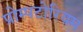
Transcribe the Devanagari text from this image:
प्रोम्पटोरियम